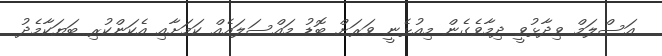
އަސްލަމް ވިދާޅުވީ ދިމާވެގެން މިއުޅެނީ ވަރަށް ބޮޑު މައްސަލައެއް ކަމަށާއި އެކަންކުރި ބަޔަކާމެދު